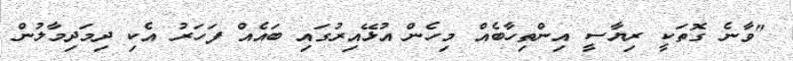
"ވާނެ ގޮތަކީ ރިޔާސީ އިންތިހާބެއް މިހެން އުޅޭއިރުގައި ބައެއް ފަހަރު އެކި ދިމަދިމާލުން